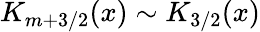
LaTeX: K_{m+3/2}(x)\sim K_{3/2}(x)